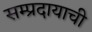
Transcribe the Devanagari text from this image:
सम्प्रदायाची